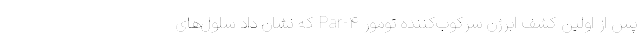
پس از اولین کشف ابرژن سرکوب‌کننده تومور Par-۴ که نشان داد سلول‌های